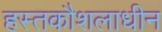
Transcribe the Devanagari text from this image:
हस्तकौशलाधीन